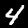
Label: 4